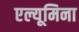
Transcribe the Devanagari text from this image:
एल्यूमिना